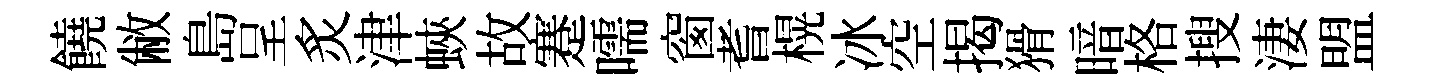
饒敝島呈炙津蛺故蹇嚅窗耆榥冰空揭猾暗格搜淒盟